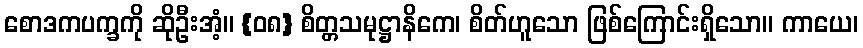
စောဒကပက္ခကို ဆိုဦးအံ့။ {၀၈} စိတ္တသမုဋ္ဌာနိကေ၊ စိတ်ဟူသော ဖြစ်ကြောင်းရှိသော။ ကာယေ၊